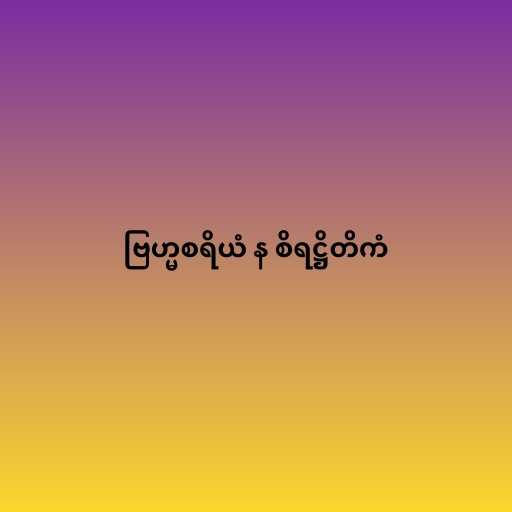
ဗြဟ္မစရိယံ န စိရဋ္ဌိတိကံ